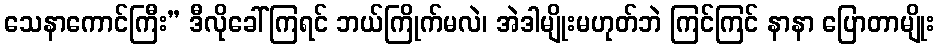
သေနာကောင်ကြီး” ဒီလိုခေါ်ကြရင် ဘယ်ကြိုက်မလဲ၊ အဲဒါမျိုးမဟုတ်ဘဲ ကြင်ကြင် နာနာ ပြောတာမျိုး